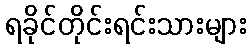
ရခိုင်တိုင်းရင်းသားများ